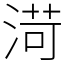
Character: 渮